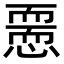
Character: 𢡵